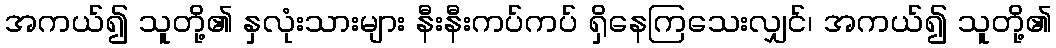
အကယ်၍ သူတို့၏ နှလုံးသားများ နီးနီးကပ်ကပ် ရှိနေကြသေးလျှင်၊ အကယ်၍ သူတို့၏